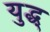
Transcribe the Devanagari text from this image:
युद्ध्